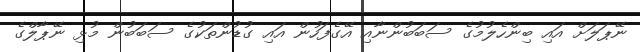
ނޭޕަލަށް އައި ބިންހެލުމުގެ ސަބަބުންނާއި އޭގެފަހުން އައި ގުޑުންތަކުގެ ސަބަބުން މުޅި ނޭޕާލްގެ